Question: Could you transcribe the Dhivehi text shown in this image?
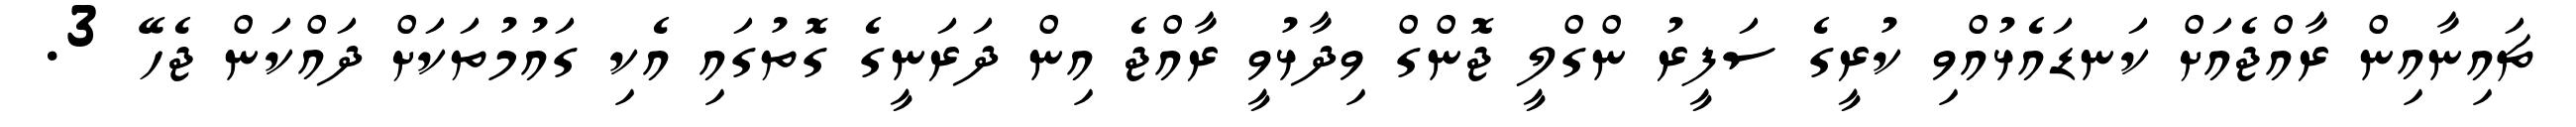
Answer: ޗައިނާއިން ރާއްޖެއަށް ކަނޑައެޅުއްވި ކުރީގެ ސަފީރު ންގްލީ ޖޮންގް ވިދާޅުވީ ރާއްޖެ އިން ދަރަނީގެ ގޮތުގައި އެކި ގައުމުތަކަށް ދައްކަން ޖެހޭ 3.